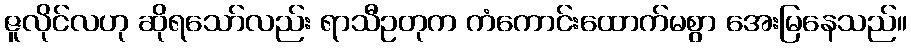
ဇူလိုင်လဟု ဆိုရသော်လည်း ရာသီဥတုက ကံကောင်းထောက်မစွာ အေးမြနေသည်။